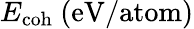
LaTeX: E_{\mathrm{coh}}~\mathrm{{(eV/atom)}}